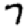
Digit: 7